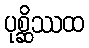
ပုစ္ဆိဿထ